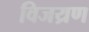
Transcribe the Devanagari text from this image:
विजय्रण